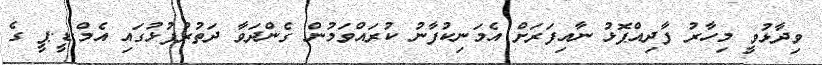
ވިދާޅުވީ މިހާރު ފާދިއްޕޮޅު ނާއިފަރަށް އެމަނިކުފާނު ކުރައްވަމުން ގެންދަވާ ދަތުރުފުޅުގައި އެމް.ޑީ.ޕީ ގެ